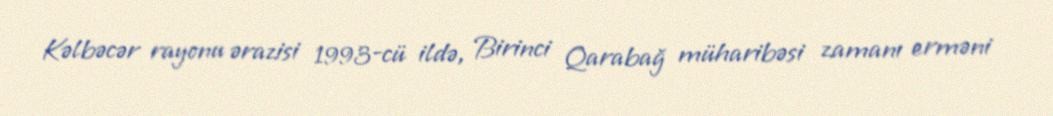
Kəlbəcər rayonu ərazisi 1993-cü ildə, Birinci Qarabağ müharibəsi zamanı erməni